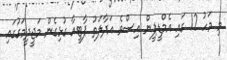
މި މަހު 12 ގައި އެމްޑީޕީން އިސްވެ އަދާލަތު ޕާޓީއާ ގުޅިގެން މަޖީދީމަގުގައި